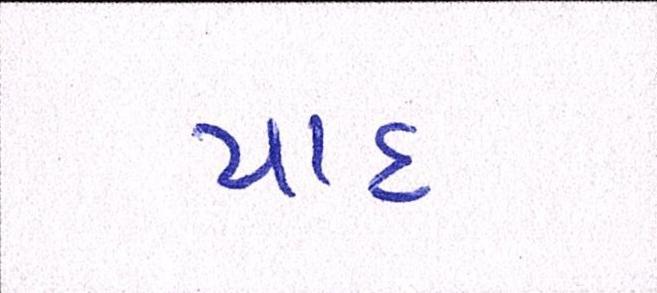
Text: યાદ